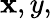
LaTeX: \mathbf{x},y,